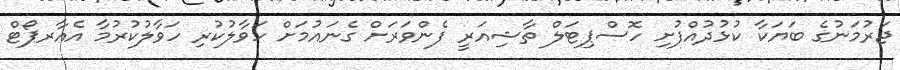
ޖަރުމަނުގެ ބަޔަކާ ކުޅުދުއްފުށި ހޮސްޕިޓަލް ތާޝިއަރީ ފެންވަރަށް ގެނައުމަށް ހަވާލުކުރި ހަވާލުކުރުމާ އެއާރޕޯޓް